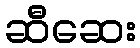
ဆီဆေး